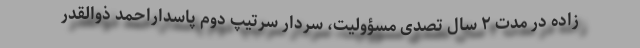
زاده در مدت ۲ سال تصدی مسؤولیت، سردار سرتیپ دوم پاسداراحمد ذوالقدر